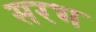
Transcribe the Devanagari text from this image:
सरभ